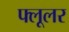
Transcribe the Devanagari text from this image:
फ्लूलर